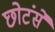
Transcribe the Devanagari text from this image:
छोटंसे